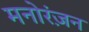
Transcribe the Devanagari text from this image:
मनोरंज़न